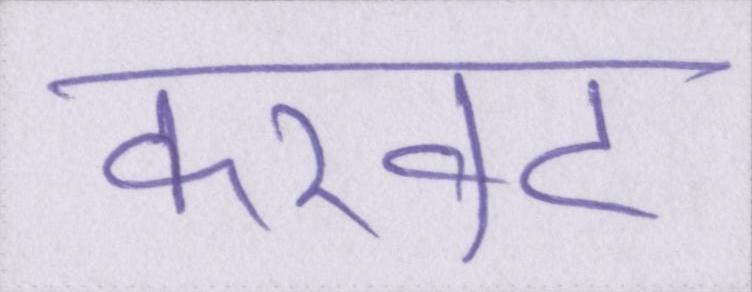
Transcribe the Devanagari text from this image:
करवट